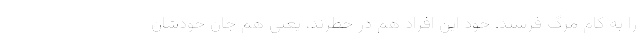
را به کام مرگ فرستد. خود این افراد هم در خطرند، یعنی هم جان خودشان